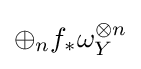
\oplus _{n}f_{*}\omega _{Y}^{\otimes n}